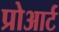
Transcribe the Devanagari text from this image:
प्रोआर्ट